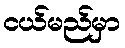
ငယ်မည်မှာ